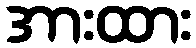
အားထား